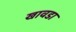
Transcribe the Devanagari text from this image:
खावडा